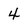
Character: 4